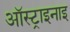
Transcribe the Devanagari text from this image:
ऑस्ट्राइनाइ